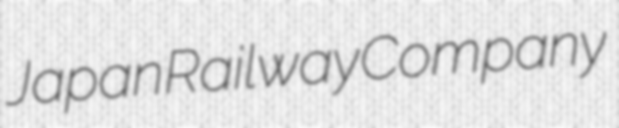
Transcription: Japan Railway Company